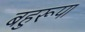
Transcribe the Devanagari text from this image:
बहुरूपा